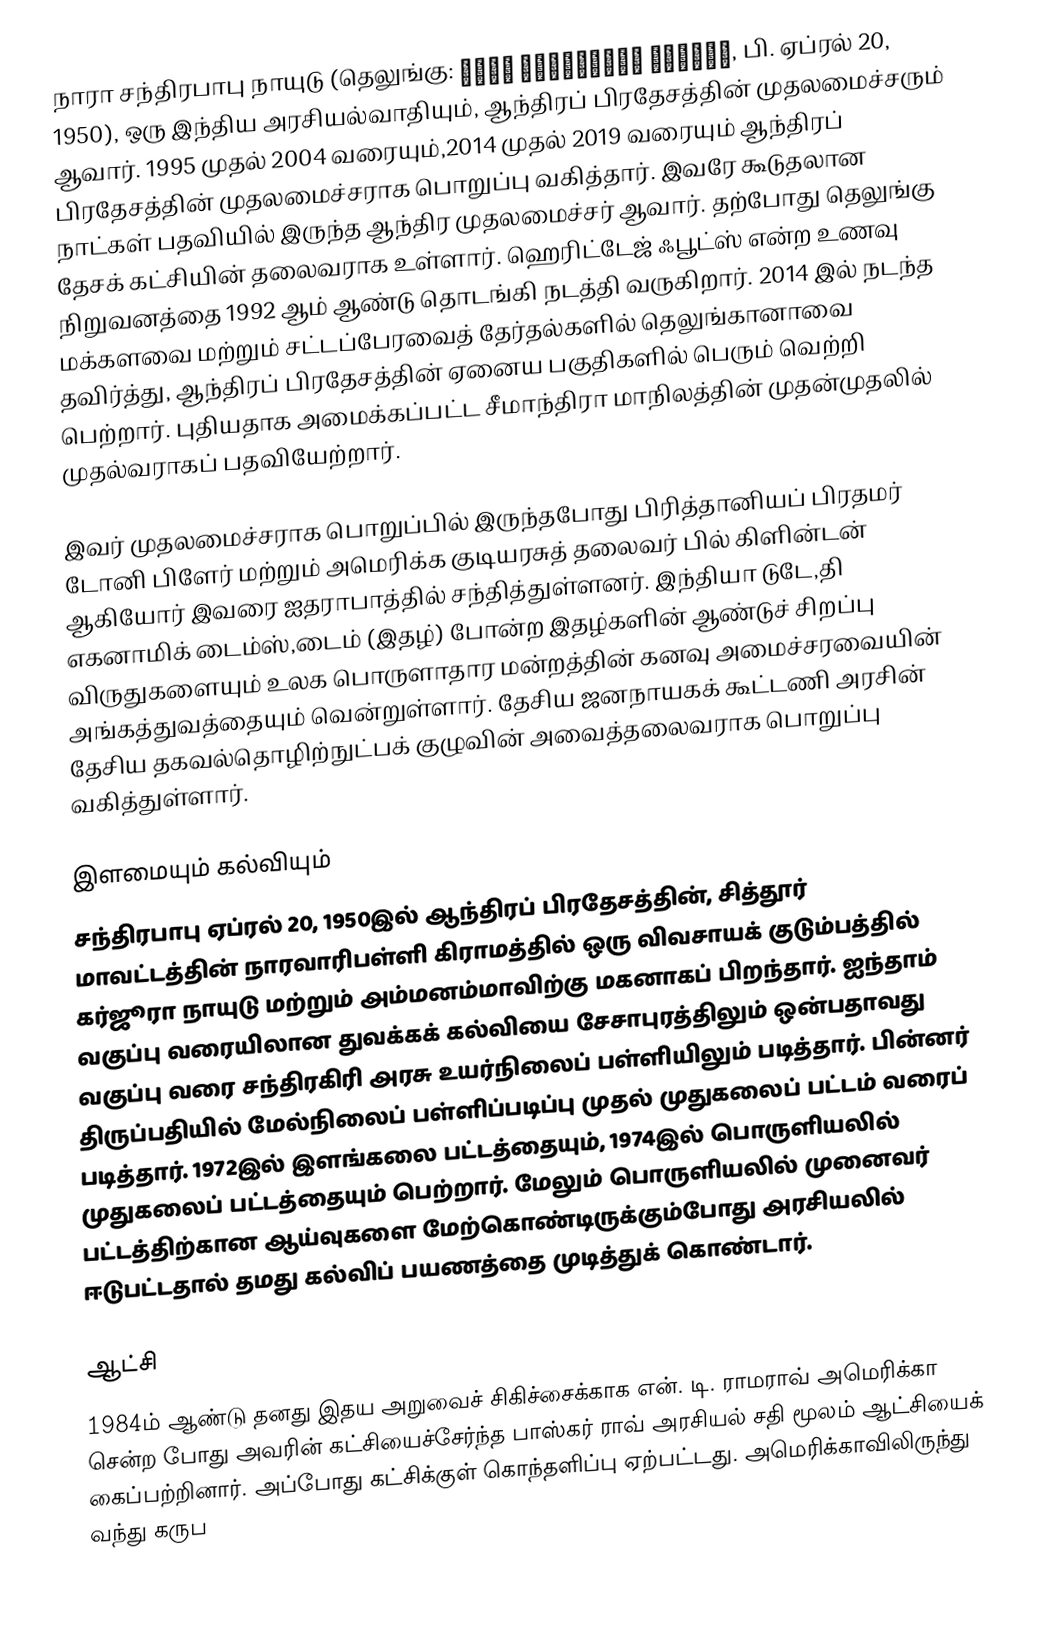
நாரா சந்திரபாபு நாயுடு (தெலுங்கு: నారా చంద్రబాబు నాయుడు, பி. ஏப்ரல் 20, 1950), ஒரு இந்திய அரசியல்வாதியும், ஆந்திரப் பிரதேசத்தின் முதலமைச்சரும் ஆவார். 1995 முதல் 2004 வரையும்,2014 முதல் 2019 வரையும்  ஆந்திரப் பிரதேசத்தின் முதலமைச்சராக பொறுப்பு வகித்தார். இவரே கூடுதலான நாட்கள் பதவியில் இருந்த ஆந்திர முதலமைச்சர் ஆவார். தற்போது தெலுங்கு தேசக் கட்சியின் தலைவராக உள்ளார். ஹெரிட்டேஜ் ஃபூட்ஸ் என்ற உணவு நிறுவனத்தை 1992 ஆம் ஆண்டு தொடங்கி நடத்தி வருகிறார். 2014 இல் நடந்த மக்களவை மற்றும் சட்டப்பேரவைத் தேர்தல்களில் தெலுங்கானாவை தவிர்த்து, ஆந்திரப் பிரதேசத்தின் ஏனைய பகுதிகளில் பெரும் வெற்றி பெற்றார். புதியதாக அமைக்கப்பட்ட சீமாந்திரா மாநிலத்தின் முதன்முதலில் முதல்வராகப் பதவியேற்றார்.

இவர் முதலமைச்சராக பொறுப்பில் இருந்தபோது பிரித்தானியப் பிரதமர் டோனி பிளேர் மற்றும் அமெரிக்க குடியரசுத் தலைவர் பில் கிளின்டன் ஆகியோர் இவரை ஐதராபாத்தில் சந்தித்துள்ளனர். இந்தியா டுடே,தி எகனாமிக் டைம்ஸ்,டைம் (இதழ்) போன்ற இதழ்களின் ஆண்டுச் சிறப்பு விருதுகளையும் உலக பொருளாதார மன்றத்தின் கனவு அமைச்சரவையின் அங்கத்துவத்தையும் வென்றுள்ளார். தேசிய ஜனநாயகக் கூட்டணி அரசின் தேசிய தகவல்தொழிற்நுட்பக் குழுவின் அவைத்தலைவராக பொறுப்பு வகித்துள்ளார்.

இளமையும் கல்வியும்
சந்திரபாபு ஏப்ரல் 20, 1950இல் ஆந்திரப் பிரதேசத்தின், சித்தூர் மாவட்டத்தின் நாரவாரிபள்ளி கிராமத்தில் ஒரு விவசாயக் குடும்பத்தில் கர்ஜூரா நாயுடு மற்றும் அம்மனம்மாவிற்கு மகனாகப் பிறந்தார். ஐந்தாம் வகுப்பு வரையிலான துவக்கக் கல்வியை  சேசாபுரத்திலும் ஒன்பதாவது வகுப்பு வரை சந்திரகிரி அரசு உயர்நிலைப் பள்ளியிலும் படித்தார். பின்னர் திருப்பதியில் மேல்நிலைப் பள்ளிப்படிப்பு முதல் முதுகலைப் பட்டம் வரைப் படித்தார். 1972இல் இளங்கலை பட்டத்தையும், 1974இல் பொருளியலில் முதுகலைப் பட்டத்தையும் பெற்றார். மேலும் பொருளியலில் முனைவர் பட்டத்திற்கான ஆய்வுகளை மேற்கொண்டிருக்கும்போது அரசியலில் ஈடுபட்டதால் தமது கல்விப் பயணத்தை முடித்துக் கொண்டார்.

ஆட்சி
1984ம் ஆண்டு தனது இதய அறுவைச் சிகிச்சைக்காக என். டி. ராமராவ் அமெரிக்கா சென்ற போது அவரின் கட்சியைச்சேர்ந்த பாஸ்கர் ராவ் அரசியல் சதி மூலம் ஆட்சியைக் கைப்பற்றினார். அப்போது கட்சிக்குள் கொந்தளிப்பு ஏற்பட்டது. அமெரிக்காவிலிருந்து வந்து கருப